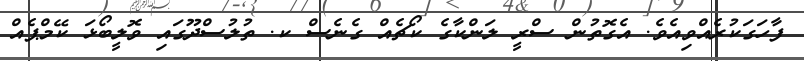
ފާހަގަކުރެއްވިއެވެ. އެގޮތުން ސްރީ ލަންކާގެ ކޯޗެއް ގެނެސް ކ. ތުލުސްދޫގައި ވޮލީބޯޅަ ކޭމްޕެއް